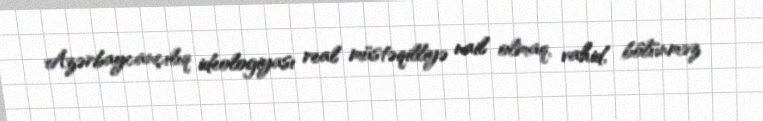
Azərbaycançılıq ideologiyası real müstəqilliyə nail olmaq, vahid, bölünməz